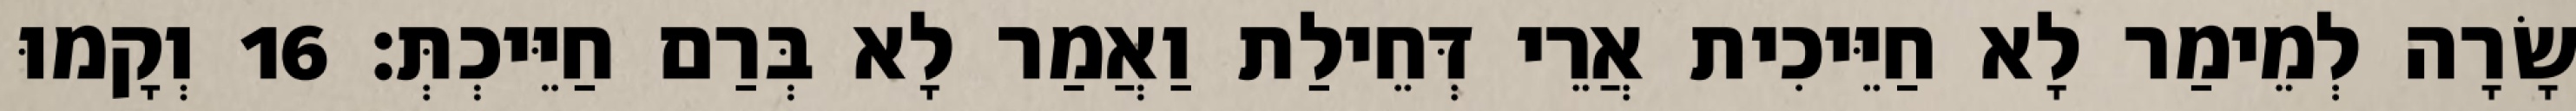
שָׂרָה לְמֵימַר לָא חַיֵּיכִית אֲרֵי דְּחֵילַת וַאֲמַר לָא בְּרַם חַיֵּיכְתְּ׃ 16 וְקָמוּ